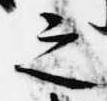
之